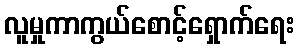
လူမှုကာကွယ်စောင့်ရှောက်ရေး